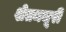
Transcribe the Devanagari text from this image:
शेतमजूरी